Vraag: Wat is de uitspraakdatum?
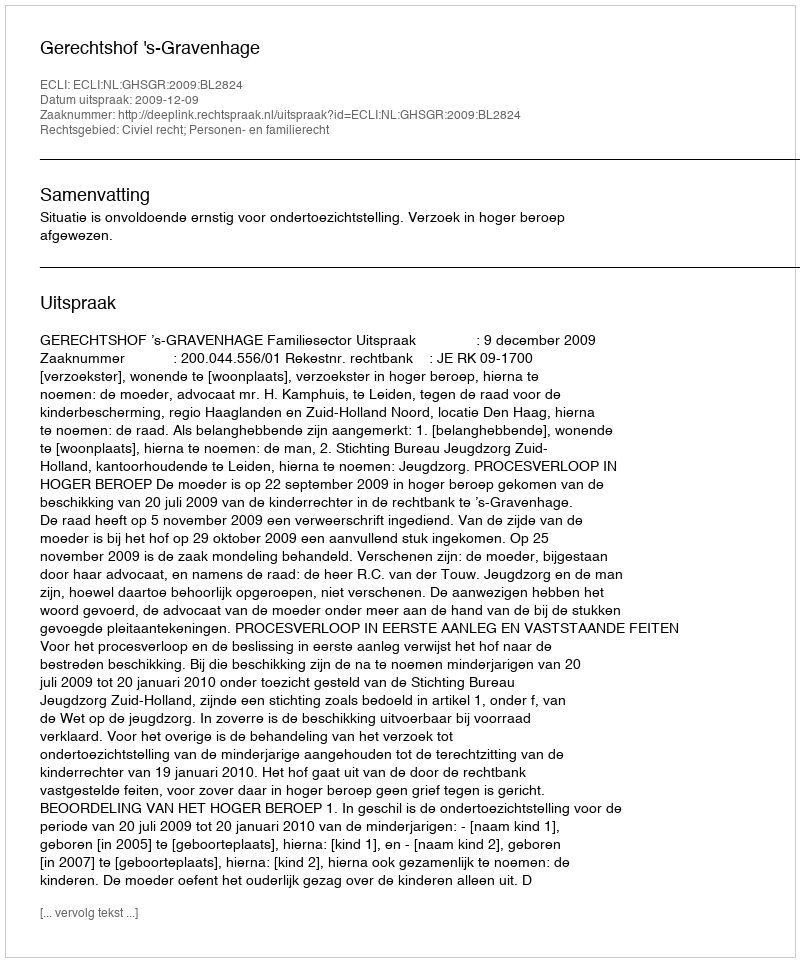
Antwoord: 2009-12-09